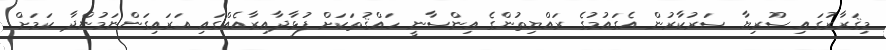
މިޤަރާރުގައި ސޫރިޔާ ސަރުކާރުން އެގައުމުގެ ރައްޔިތުންގެ އިންސާނީ ހައްޤުތަކަށް ފުޅާދާއިރާއެއްގައި އަރައިގަންނަމުންދާ ކަމަށް